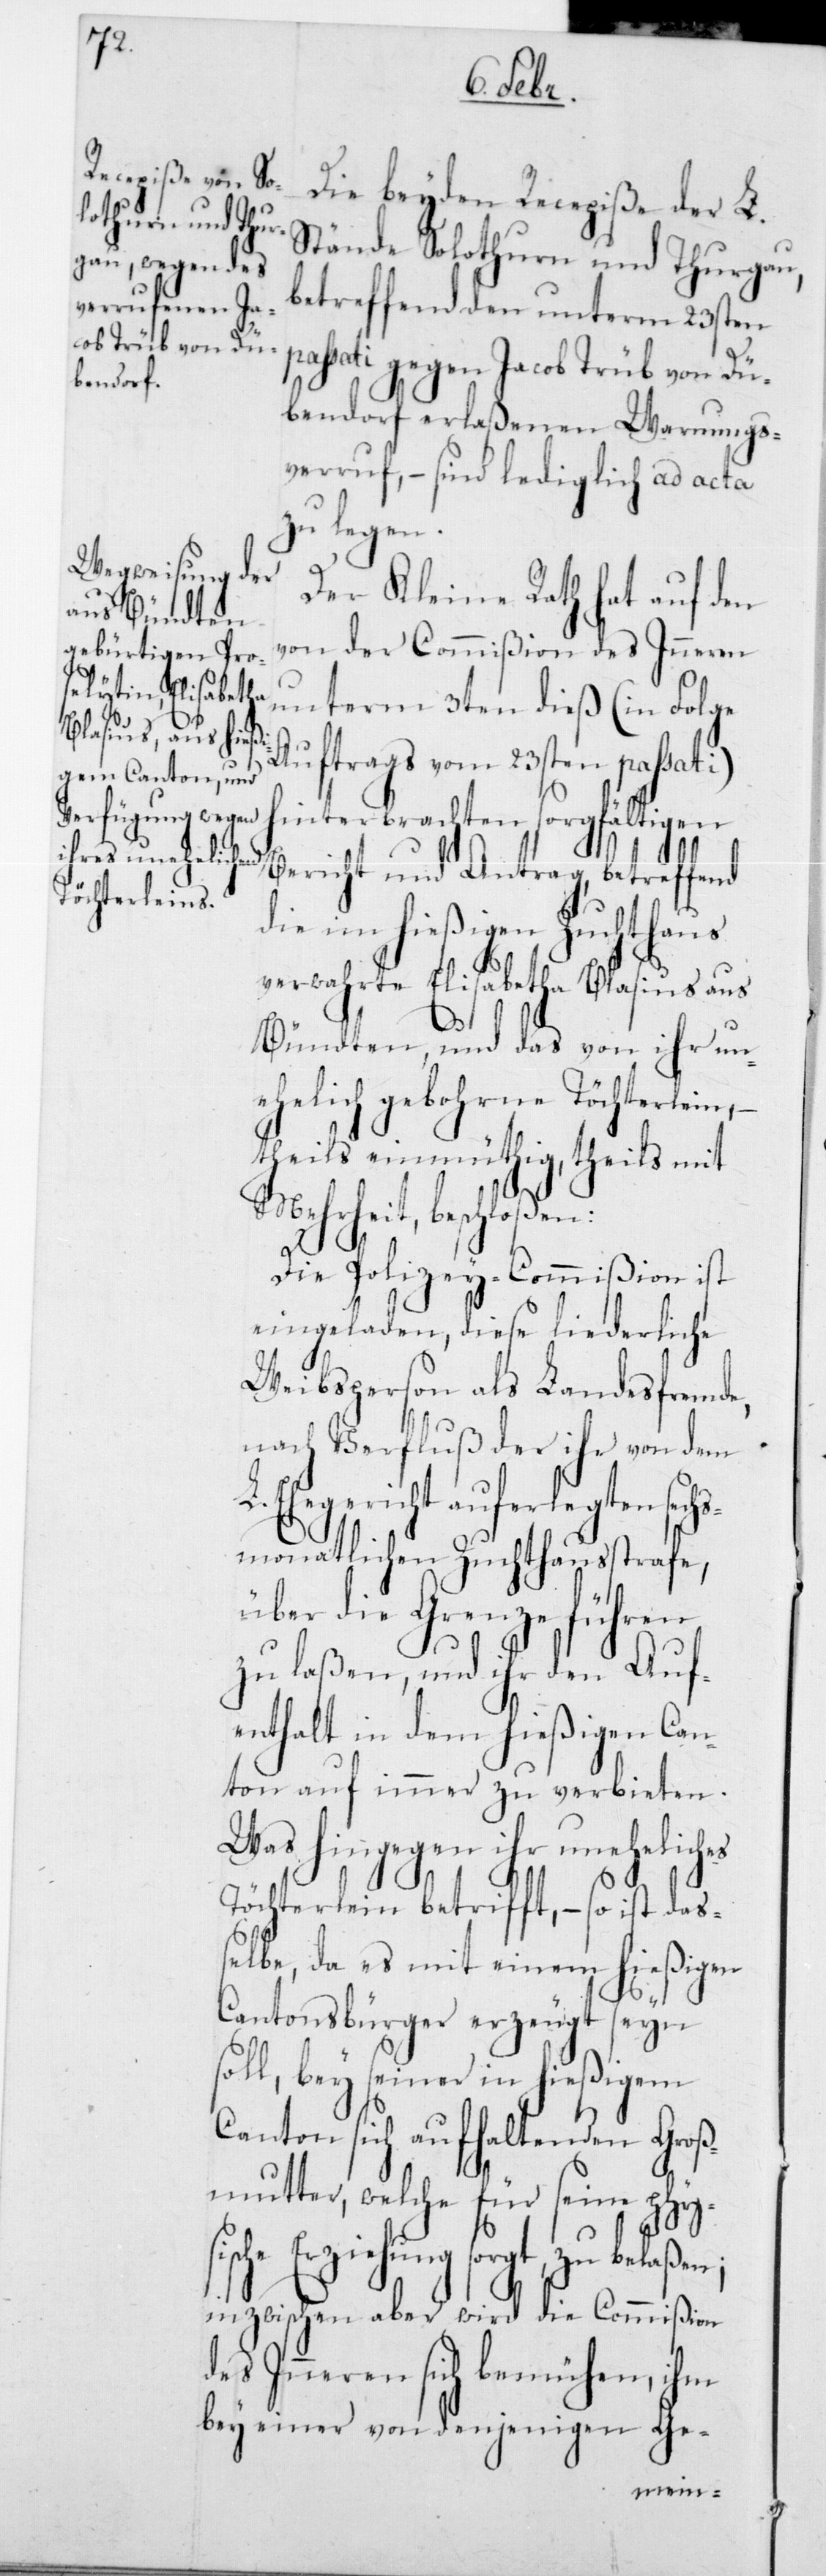
s¬

Die beiden Recepiße der L.
Stände Solothurn und Thurgau,
betreffend den unterm 23sten
passati gegen Jacob Trüb von Dü¬
bendorf erlaßenen Warnungs¬
verruf, – sind lediglich ad acta
zu legen.
Der Kleine Rath hat auf den
von der Commißion des Innern
unterm 3ten dieß (in Folge
Auftrags vom 23sten passati)
hinterbrachten sorgfältigen
Bericht und Antrag, betreffend
die im hießigen Zuchthaus
verwahrte Elisabetha Blasuis aus
Bündten, und das von ihr un¬
ehelich gebohrne Töchterlein,
theils einmüthig, theils mit
Mehrheit, beschloßen:
Die Polizey-Commißion ist
eingeladen, diese liederliche
Weibsperson als Landesfremde,
nach Verfluß der ihr von dem
L. Ehegericht auferlegten sechs¬
monatlichen Zuchthausstrafe,
über die Grenze führen
zu laßen, und ihr den Auf¬
enthalt in dem hießigen Can¬
ton auf immer zu verbieten.
Was hingegen ihr uneheliches
Töchterlein betrifft, – so ist das¬
selbe, da es mit einem hießigen
Cantonsbürger erzeugt seyn
oll, bey seiner in hießigem
Canton sich aufhaltenden Groß¬
mutter, welche für seine physi¬
sche Erziehung sorgt,
inzwischen aber wird die Commißion
des Innern sich bemühen, ihm
bey einer von denjenigen Ge-